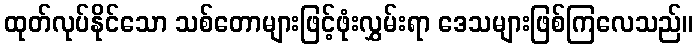
ထုတ်လုပ်နိုင်သော သစ်တောများဖြင့်ဖုံးလွှမ်းရာ ဒေသများဖြစ်ကြလေသည်။